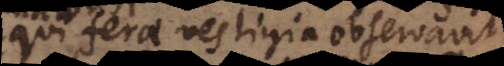
qui ferae vestigia observavit